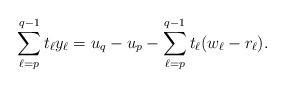
LaTeX: \begin{align*}\sum_{\ell = p}^{q-1} t_\ell y_\ell = u_{q} - u_{p} - \sum_{\ell=p}^{q-1} t_\ell (w_\ell-r_\ell).\end{align*}